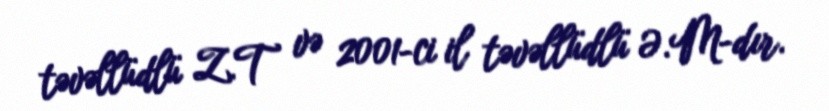
təvəllüdlü Z.T və 2001-ci il təvəllüdlü Ə.M-dır.